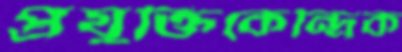
প্রযুক্তিকেন্দ্রিক